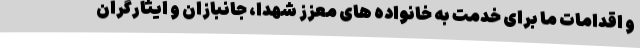
و اقدامات ما برای خدمت به خانواده های معزز شهدا، جانبازان و ایثارگران